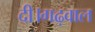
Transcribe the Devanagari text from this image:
दी।गढ़वाल